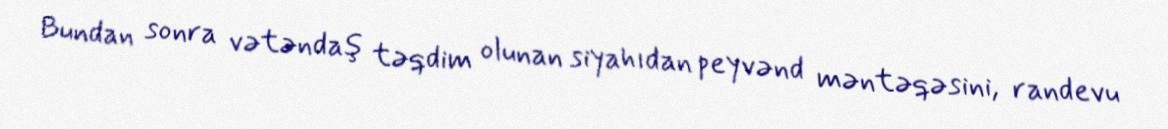
Bundan sonra vətəndaş təqdim olunan siyahıdan peyvənd məntəqəsini, randevu